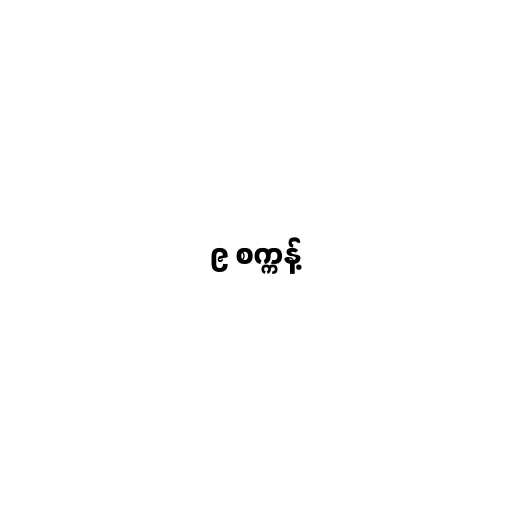
၉ စက္ကန့်